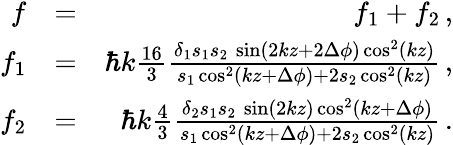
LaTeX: \begin{array}{rlr}{f}&{=}&{f_{1}+f_{2}\, ,}\\ {f_{1}}&{=}&{\hbar k\frac{16}{3}\frac{\delta_{1}s_{1}s_{2}\, \sin(2kz+2\Delta\phi)\cos^{2}(kz)}{s_{1}\cos^{2}(kz+\Delta\phi)+2s_{2}\cos^{2}(kz)}\, ,}\\ {f_{2}}&{=}&{\hbar k\frac{4}{3}\frac{\delta_{2}s_{1}s_{2}\, \sin(2kz)\cos^{2}(kz+\Delta\phi)}{s_{1}\cos^{2}(kz+\Delta\phi)+2s_{2}\cos^{2}(kz)}\, .}\end{array}